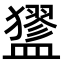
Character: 𥃃